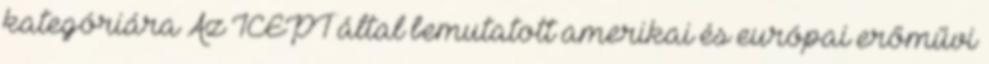
kategóriára Az ICEPT által bemutatott amerikai és európai erőművi